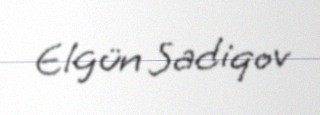
Elgün Sadiqov